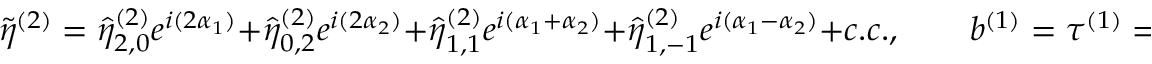
\tilde { \eta } ^ { ( 2 ) } = \hat { \eta } _ { 2 , 0 } ^ { ( 2 ) } e ^ { i ( 2 \alpha _ { 1 } ) } + \hat { \eta } _ { 0 , 2 } ^ { ( 2 ) } e ^ { i ( 2 \alpha _ { 2 } ) } + \hat { \eta } _ { 1 , 1 } ^ { ( 2 ) } e ^ { i ( \alpha _ { 1 } + \alpha _ { 2 } ) } + \hat { \eta } _ { 1 , - 1 } ^ { ( 2 ) } e ^ { i ( \alpha _ { 1 } - \alpha _ { 2 } ) } + c . c . , \qquad b ^ { ( 1 ) } = \tau ^ { ( 1 ) } = 0 ,